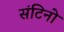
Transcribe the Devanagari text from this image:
संटिनो